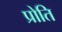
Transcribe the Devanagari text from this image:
प्रोति